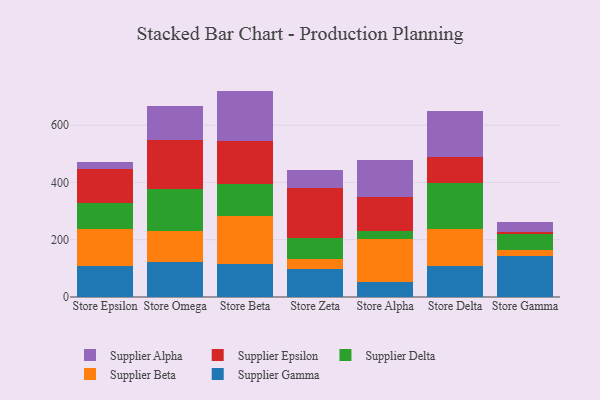
{"axis": {"x": "Store", "y": "Tickets Resolved"}, "legend": ["Supplier Alpha", "Supplier Beta", "Supplier Delta", "Supplier Epsilon", "Supplier Gamma"], "data": [{"x": "Store Epsilon", "y": 106.6, "type": "Supplier Gamma"}, {"x": "Store Epsilon", "y": 129.9, "type": "Supplier Beta"}, {"x": "Store Epsilon", "y": 90.2, "type": "Supplier Delta"}, {"x": "Store Epsilon", "y": 121.6, "type": "Supplier Epsilon"}, {"x": "Store Epsilon", "y": 23.5, "type": "Supplier Alpha"}, {"x": "Store Omega", "y": 123.6, "type": "Supplier Gamma"}, {"x": "Store Omega", "y": 108.4, "type": "Supplier Beta"}, {"x": "Store Omega", "y": 146.2, "type": "Supplier Delta"}, {"x": "Store Omega", "y": 170.6, "type": "Supplier Epsilon"}, {"x": "Store Omega", "y": 117.0, "type": "Supplier Alpha"}, {"x": "Store Beta", "y": 113.6, "type": "Supplier Gamma"}, {"x": "Store Beta", "y": 170.7, "type": "Supplier Beta"}, {"x": "Store Beta", "y": 110.9, "type": "Supplier Delta"}, {"x": "Store Beta", "y": 149.4, "type": "Supplier Epsilon"}, {"x": "Store Beta", "y": 175.4, "type": "Supplier Alpha"}, {"x": "Store Zeta", "y": 97.0, "type": "Supplier Gamma"}, {"x": "Store Zeta", "y": 36.3, "type": "Supplier Beta"}, {"x": "Store Zeta", "y": 71.2, "type": "Supplier Delta"}, {"x": "Store Zeta", "y": 175.8, "type": "Supplier Epsilon"}, {"x": "Store Zeta", "y": 63.1, "type": "Supplier Alpha"}, {"x": "Store Alpha", "y": 51.1, "type": "Supplier Gamma"}, {"x": "Store Alpha", "y": 150.4, "type": "Supplier Beta"}, {"x": "Store Alpha", "y": 28.5, "type": "Supplier Delta"}, {"x": "Store Alpha", "y": 118.0, "type": "Supplier Epsilon"}, {"x": "Store Alpha", "y": 131.0, "type": "Supplier Alpha"}, {"x": "Store Delta", "y": 108.2, "type": "Supplier Gamma"}, {"x": "Store Delta", "y": 130.0, "type": "Supplier Beta"}, {"x": "Store Delta", "y": 158.3, "type": "Supplier Delta"}, {"x": "Store Delta", "y": 93.7, "type": "Supplier Epsilon"}, {"x": "Store Delta", "y": 160.8, "type": "Supplier Alpha"}, {"x": "Store Gamma", "y": 143.1, "type": "Supplier Gamma"}, {"x": "Store Gamma", "y": 19.7, "type": "Supplier Beta"}, {"x": "Store Gamma", "y": 55.9, "type": "Supplier Delta"}, {"x": "Store Gamma", "y": 10.0, "type": "Supplier Epsilon"}, {"x": "Store Gamma", "y": 33.0, "type": "Supplier Alpha"}]}